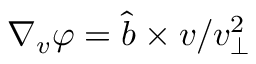
\nabla _ { v } \varphi = \boldsymbol { \hat { b } } \times \boldsymbol { v } / v _ { \perp } ^ { 2 }